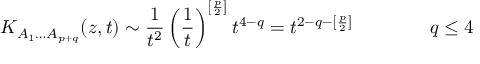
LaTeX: K _ { A _ { 1 } \ldots A _ { p + q } } ( z , t ) \sim \frac { 1 } { t ^ { 2 } } \left( \frac { 1 } { t } \right) ^ { \left[ \frac { p } { 2 } \right] } t ^ { 4 - q } = t ^ { 2 - q - \left[ \frac { p } { 2 } \right] } \qquad \qquad q \leq 4